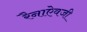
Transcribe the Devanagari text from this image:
रैनाऐवजी